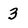
Character: 3